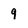
Character: 9